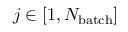
j \in [ 1 , N _ { \mathrm { b a t c h } } ]